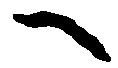
へ